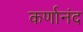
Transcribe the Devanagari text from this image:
कर्णानंद